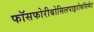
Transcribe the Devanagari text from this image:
फॉसफोरीबोसिलपाइरोफॉसफेट